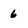
Character: 6